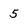
Character: 5